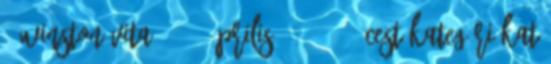
– Winston vita 2014. április 3., 14:08 CEST Kategóriákat